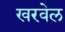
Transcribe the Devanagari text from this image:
खरवेल